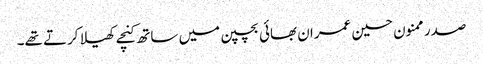
صدر ممنون حسین عمران بھائی بچپن میں ساتھ کنچے کھیلا کرتے تھے۔